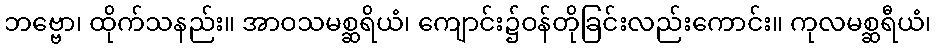
ဘဗ္ဗော၊ ထိုက်သနည်း။ အာဝသမစ္ဆရိယံ၊ ကျောင်း၌ဝန်တိုခြင်းလည်းကောင်း။ ကုလမစ္ဆရီယံ၊